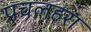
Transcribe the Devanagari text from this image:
पचलहरा